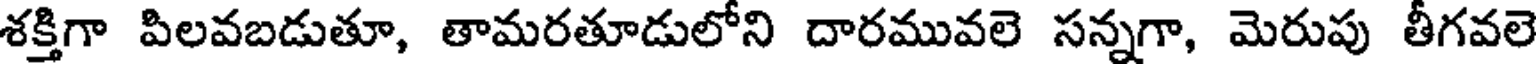
శక్తిగా పిలవబడుతూ, తామరతూడులోని దారమువలె సన్నగా, మెరుపు తీగవలె